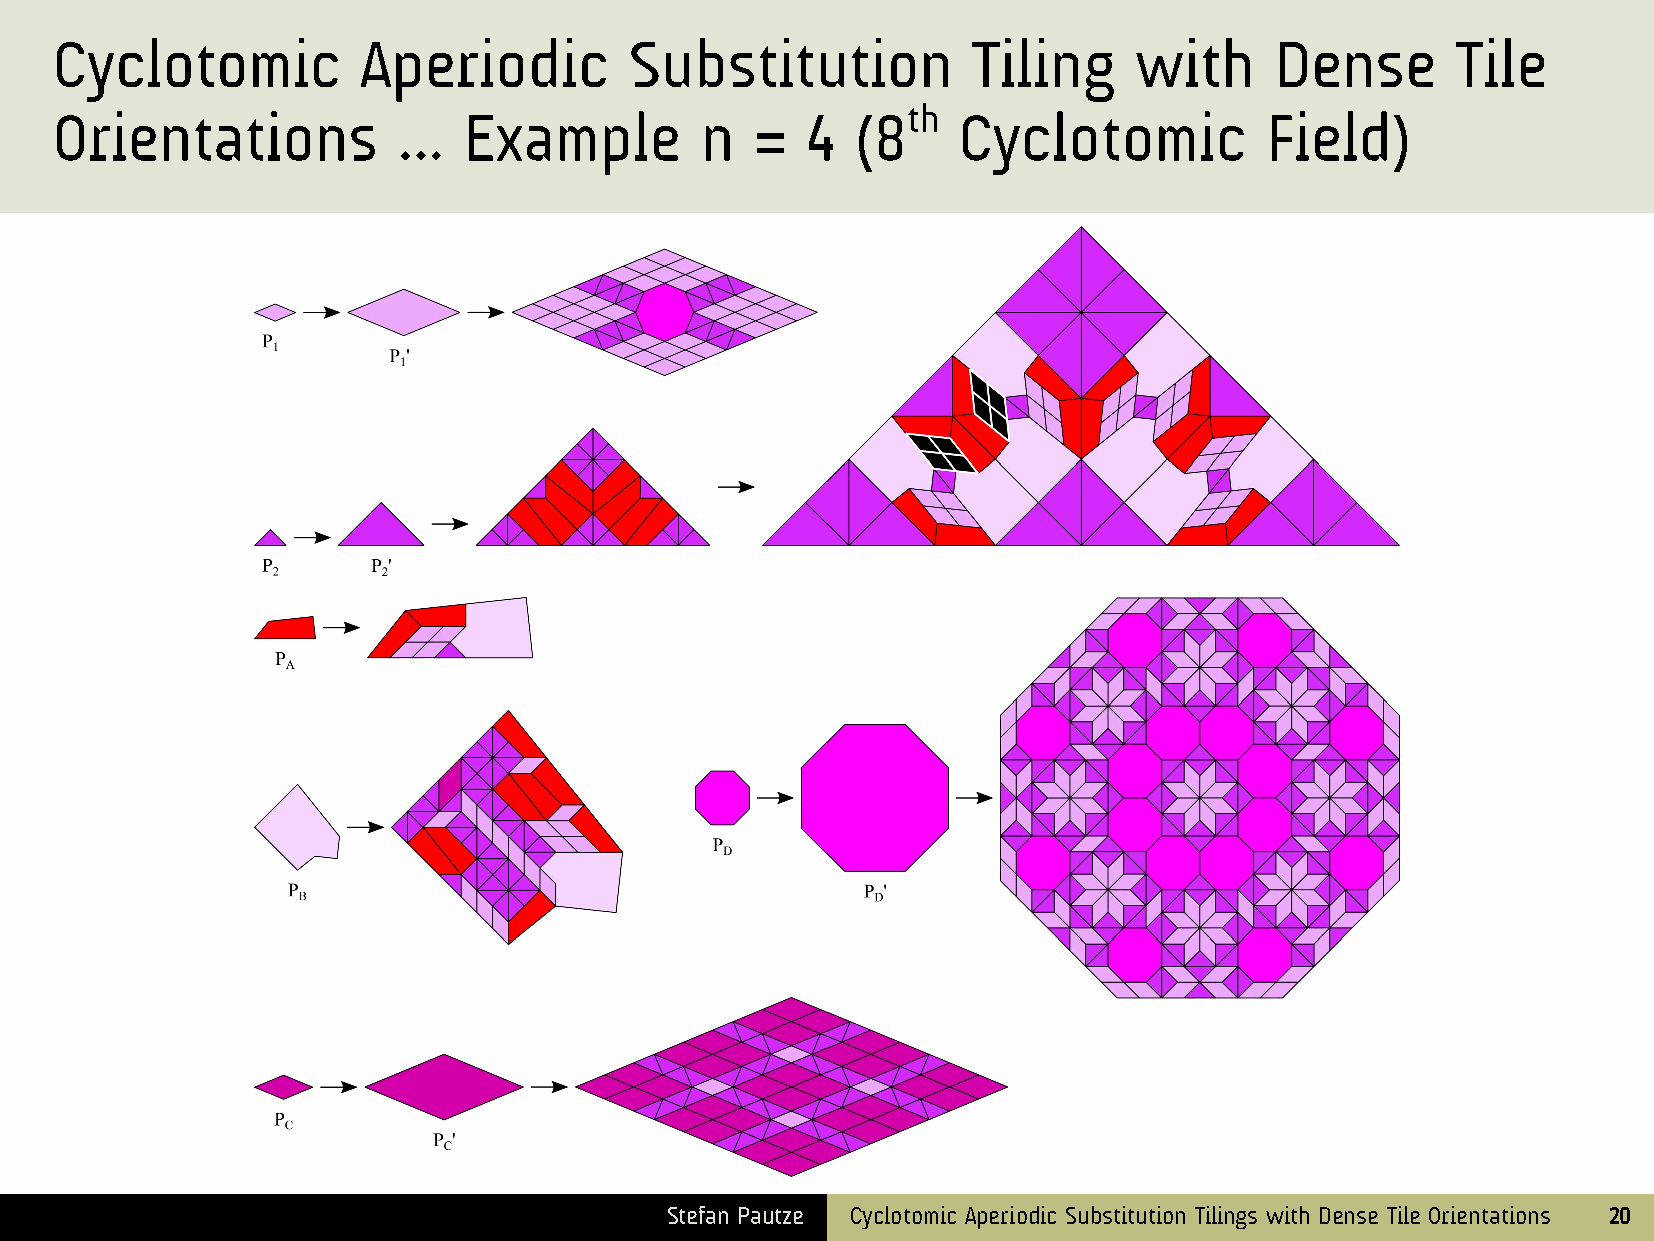
Cyclotomic          Aperiodic         Substitution          Tiling     with     Dense       Tile
 th
 Orientations          …    Example        n   =  4   (8    Cyclotomic           Field)
 Stefan Pautze Cyclotomic Aperiodic Substitution Tilings with Dense Tile Orientations 20